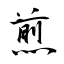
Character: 煎